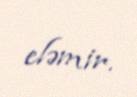
eləmir.